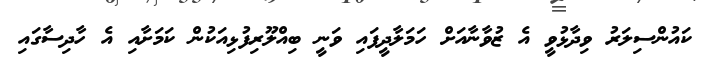
ކައުންސިލަރު ވިދާޅުވީ އެ ޒުވާނާއަށް ހަމަލާދީފައި ވަނީ ބިއްލޫރިފުޅިއަކުން ކަމަށާއި އެ ހާދިސާގައި